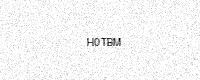
Text: H0TBM